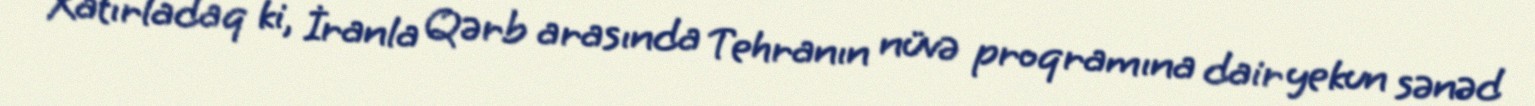
Xatırladaq ki, İranla Qərb arasında Tehranın nüvə proqramına dair yekun sənəd